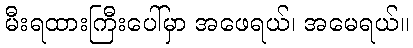
မီးရထားကြီးပေါ်မှာ အဖေရယ်၊ အမေရယ်။